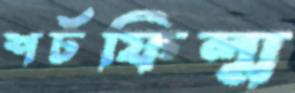
শর্টফিল্ম